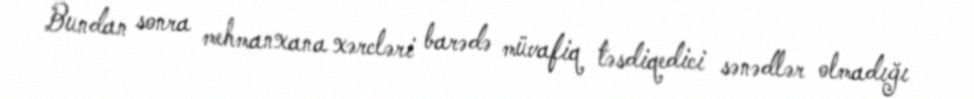
Bundan sonra mehmanxana xərcləri barədə müvafiq təsdiqedici sənədlər olmadığı